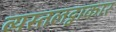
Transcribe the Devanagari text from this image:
व्यस्तलट्वाकार